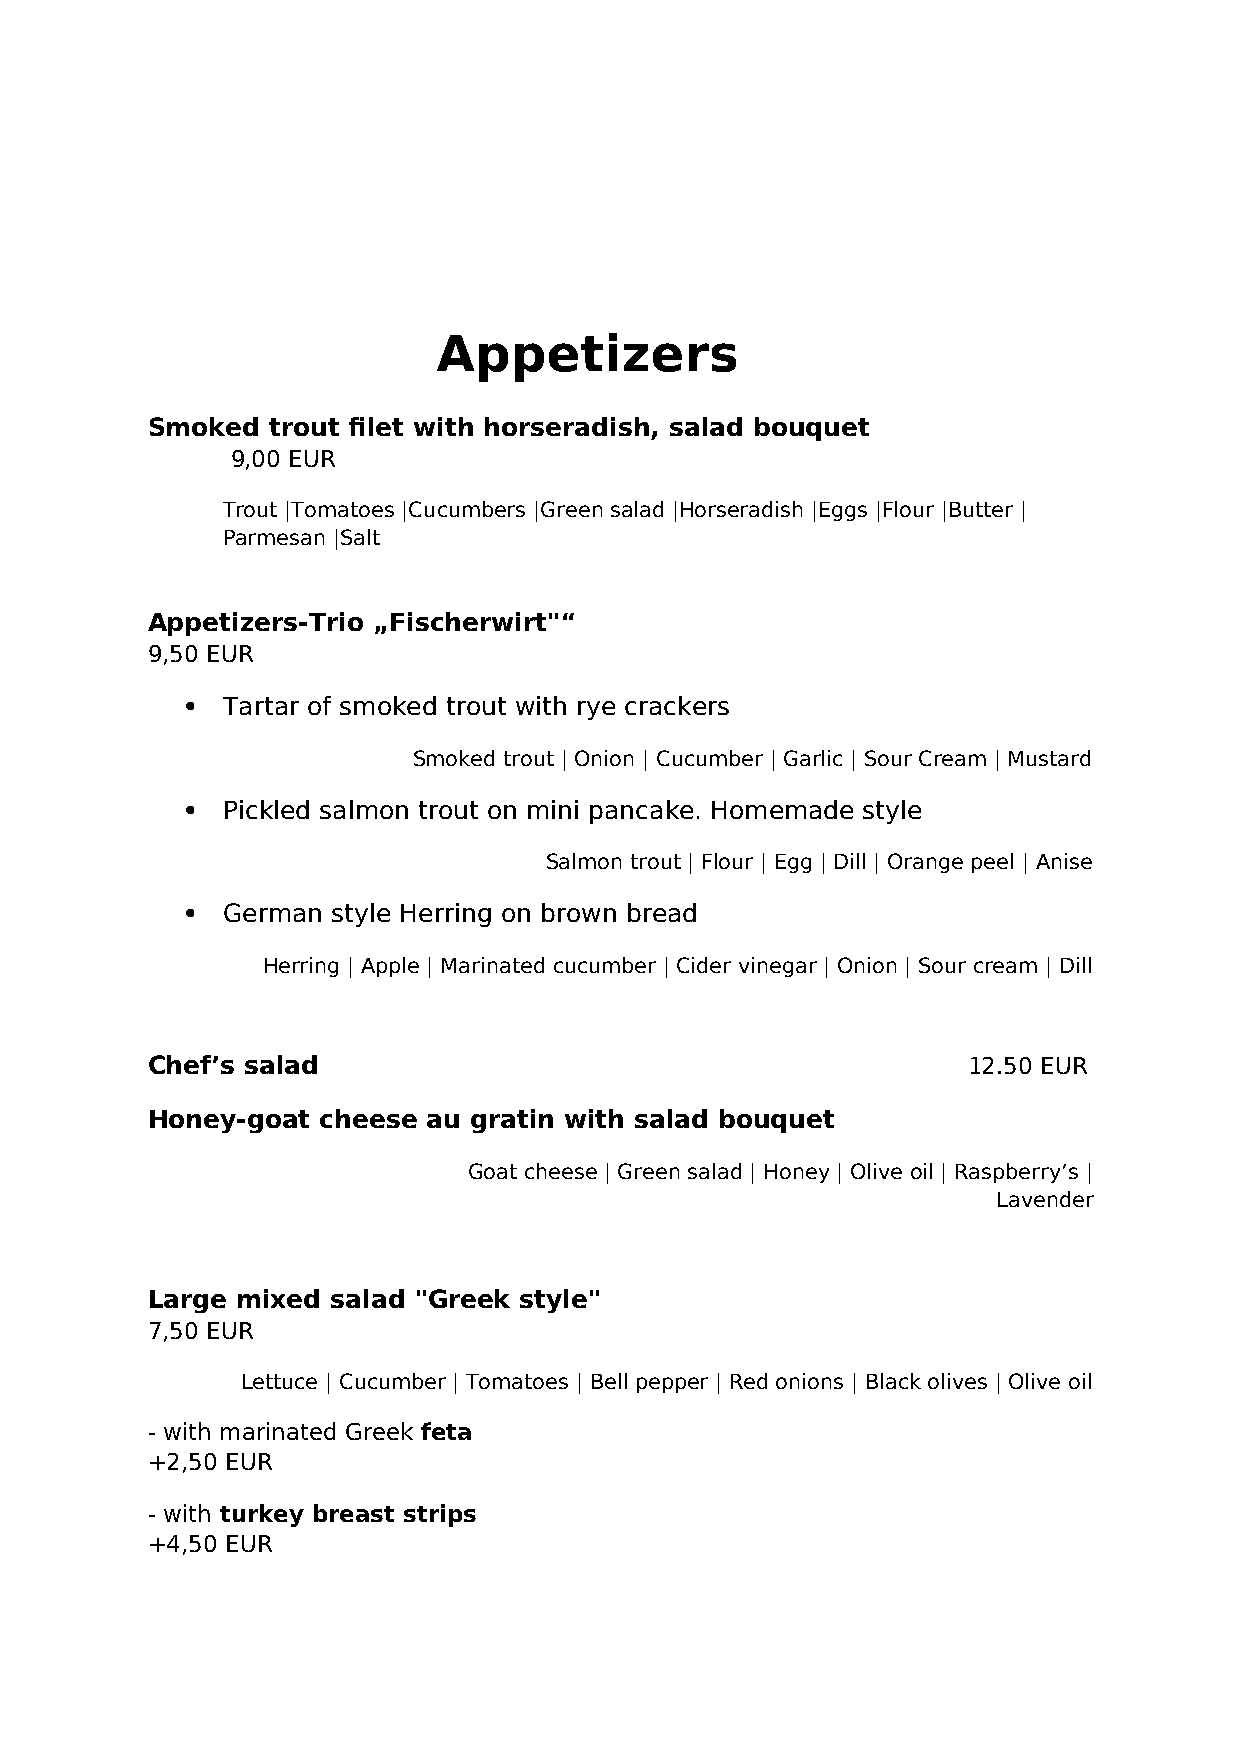
Appetizers
 Smoked  trout filet with horseradish, salad bouquet
 9,00 EUR
 Trout |Tomatoes |Cucumbers |Green salad |Horseradish |Eggs |Flour |Butter |
 Parmesan |Salt
 Appetizers-Trio „Fischerwirt"“
 9,50 EUR
   Tartar of smoked trout with rye crackers
 Smoked trout | Onion | Cucumber | Garlic | Sour Cream | Mustard
   Pickled salmon trout on mini pancake. Homemade style
 Salmon trout | Flour | Egg | Dill | Orange peel | Anise
   German style Herring on brown bread
 Herring | Apple | Marinated cucumber | Cider vinegar | Onion | Sour cream | Dill
 Chef’s salad                                          12.50 EUR
 Honey-goat cheese au gratin with salad bouquet
 Goat cheese | Green salad | Honey | Olive oil | Raspberry’s |
 Lavender
 Large mixed salad "Greek style"
 7,50 EUR
 Lettuce | Cucumber | Tomatoes | Bell pepper | Red onions | Black olives | Olive oil
 - with marinated Greek feta
 +2,50 EUR
 - with turkey breast strips
 +4,50 EUR